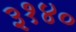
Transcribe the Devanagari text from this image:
३१४०